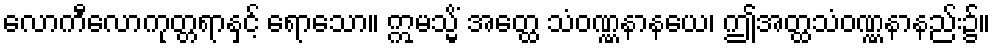
လောကီလောကုတ္တရာနှင့် ရောသော။ ဣမသ္မိံ အတ္ထေ သံဝဏ္ဏနာနယေ၊ ဤအတ္ထသံဝဏ္ဏနာနည်း၌။